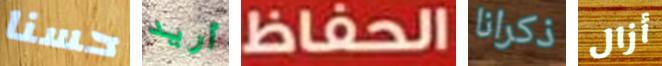
حسنا أريد الحفاظ ذكرانا أزال